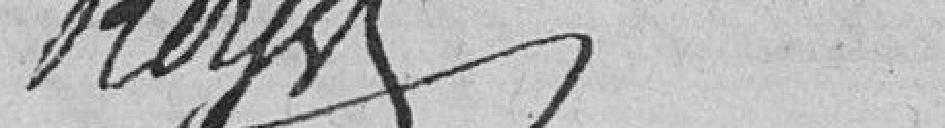
ROYER